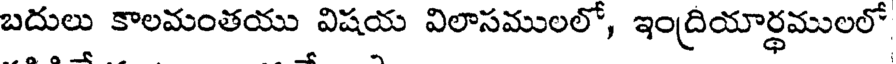
బదులు కాలమంతయు విషయ విలాసములలో, ఇంద్రియార్థములలో